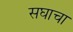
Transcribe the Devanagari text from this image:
सघाचा